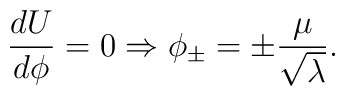
\frac{dU}{d\phi }=0\Rightarrow \phi _{\pm }=\pm \frac{\mu }{\sqrt{\lambda }}.